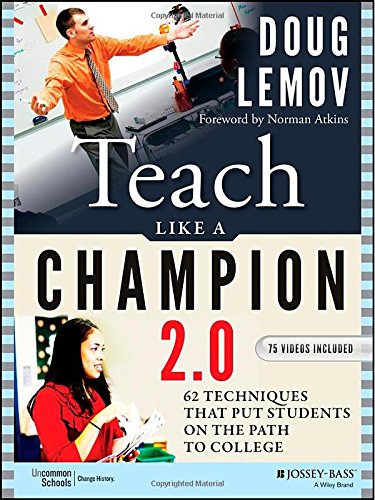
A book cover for Teach Like a Champion 2.0: 62 Techniques that Put Students on the Path to College; Doug Lemov; Education & Teaching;